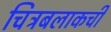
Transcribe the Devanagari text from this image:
चित्रबलाकची